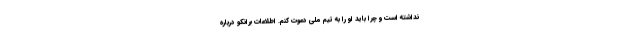
نداشته است و چرا باید او را به تیم ملی دعوت کنم. اطلاعات برانکو درباره